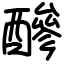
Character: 醦